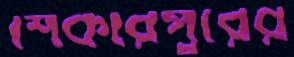
শিকারপুরের